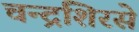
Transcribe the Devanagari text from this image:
चन्द्रशिरसे